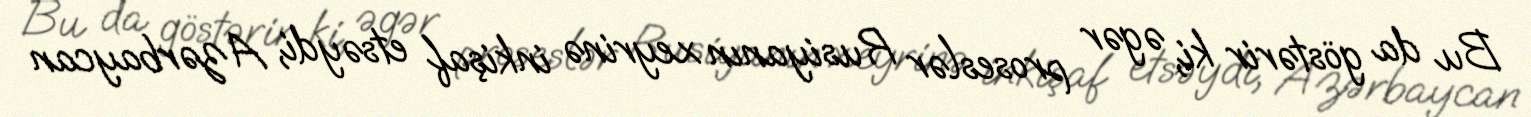
Bu da göstərir ki, əgər proseslər Rusiyanın xeyrinə inkişaf etsəydi, Azərbaycan